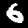
Digit: 6